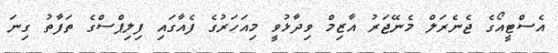
އެސްޓީއޯގެ ޖެނެރަލް މެނޭޖަރު އާޒިމް ވިދާޅުވީ މިއަހަރުގެ ފެއާގައި ފިލިޕްސްގެ ތަފާތު ގިނަ